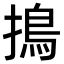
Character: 㨶